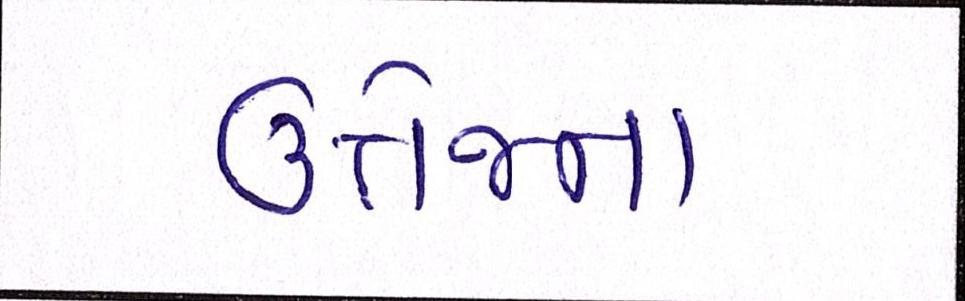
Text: ઉત્તેજના